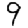
Digit: 9